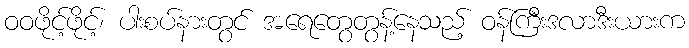
ဝဝဖိုင့်ဖိုင့်၊ ပါးစပ်နားတွင် အရေတွေတွန့်နေသည့် ဝန်ကြီးဒလာဒီးယားက